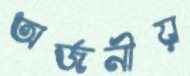
অর্জনীয়